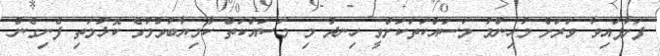
ފަށާފައިވާ ވަރަށް މުހިންމު މަސައްކަތަކަށްވީ ހިނދު މި މަސައްކަތް ކާމިޔާބުވުމުގެ ކޮޅުމަތި ފެނިގެން